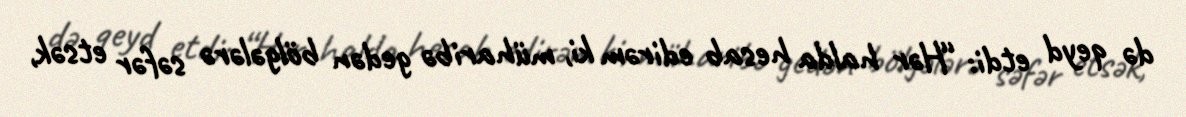
də qeyd etdi: “Hər halda hesab edirəm ki, müharibə gedən bölgələrə səfər etsək,